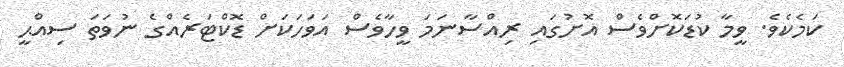
ކަމެކެވެ. ވީމާ ކުޑަކޮށްވެސް އޮށުގައި ރިއްސާނަމަ ވީހާވެސް އަވަހަކަށް ޑޮކްޓަރެއްގެ ނުވަތަ ސިއްޙީ